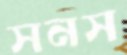
সনস